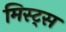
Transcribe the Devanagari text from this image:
मिस्ट्स